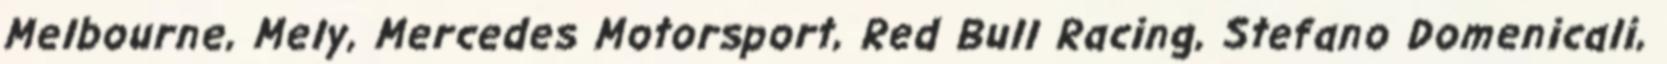
Melbourne, Mely, Mercedes Motorsport, Red Bull Racing, Stefano Domenicali,